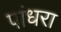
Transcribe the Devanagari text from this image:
पांधरा